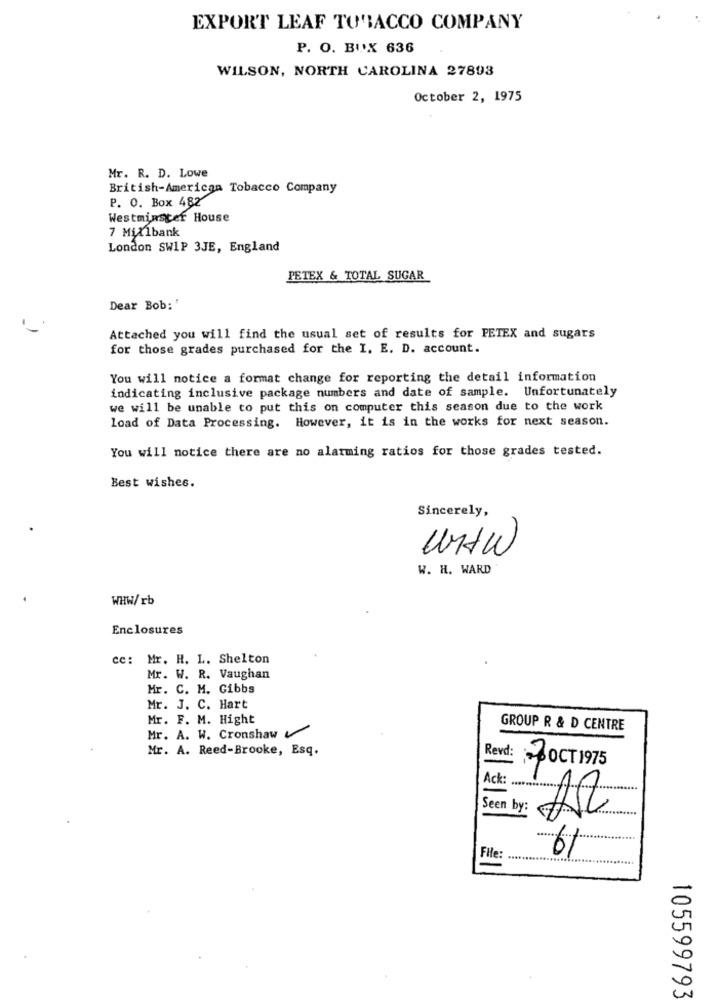
EXPORT LEAF TOBACCO COMPANY
P. O. BUX 636
WILSON, NORTH CAROLINA 27893
October 2, 1975
Mr. R. D. Lowe
British-American Tobacco Company
P. O. Box 482
Westminster House
7 Mix1bank
London SW1P 3JE, England
PETEX & TOTAL SUGAR
Dear Bob: '
Attached you will find the usual set of results for PETEX and sugars
for those grades purchased for the I. E. D. account.
You will notice a format change for reporting the detail information
indicating inclusive package numbers and date of sample. Unfortunately
we will be unable to put this on computer this season due to the work
load of Data Processing. However, it is in the works for next season.
You will notice there are no alarming ratios for those grades tested.
Best wishes.
Sincerely,
W. H. WARD
WHW/rb
Enclosures
cc: Mr. H. L. Shelton
Mr. W. R. Vaughan
Mr. C. M. Gibbs
Mr. J. C. Hart
Mr. F. M. Hight
Mr. A. W. Cronshaw
GROUP R & D CENTRE
Mr. A. Reed-Brooke, Esq.
Revd:
OCT 1975
Ack :....
Seen by:
61
File:
105599793